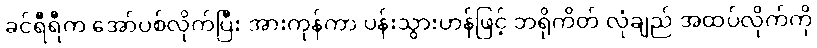
ခင်ရီရီက အော်ပစ်လိုက်ပြီး အားကုန်ကာ ပန်းသွားဟန်ဖြင့် ဘရိုကိတ် လုံချည် အထပ်လိုက်ကို